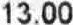
13.00